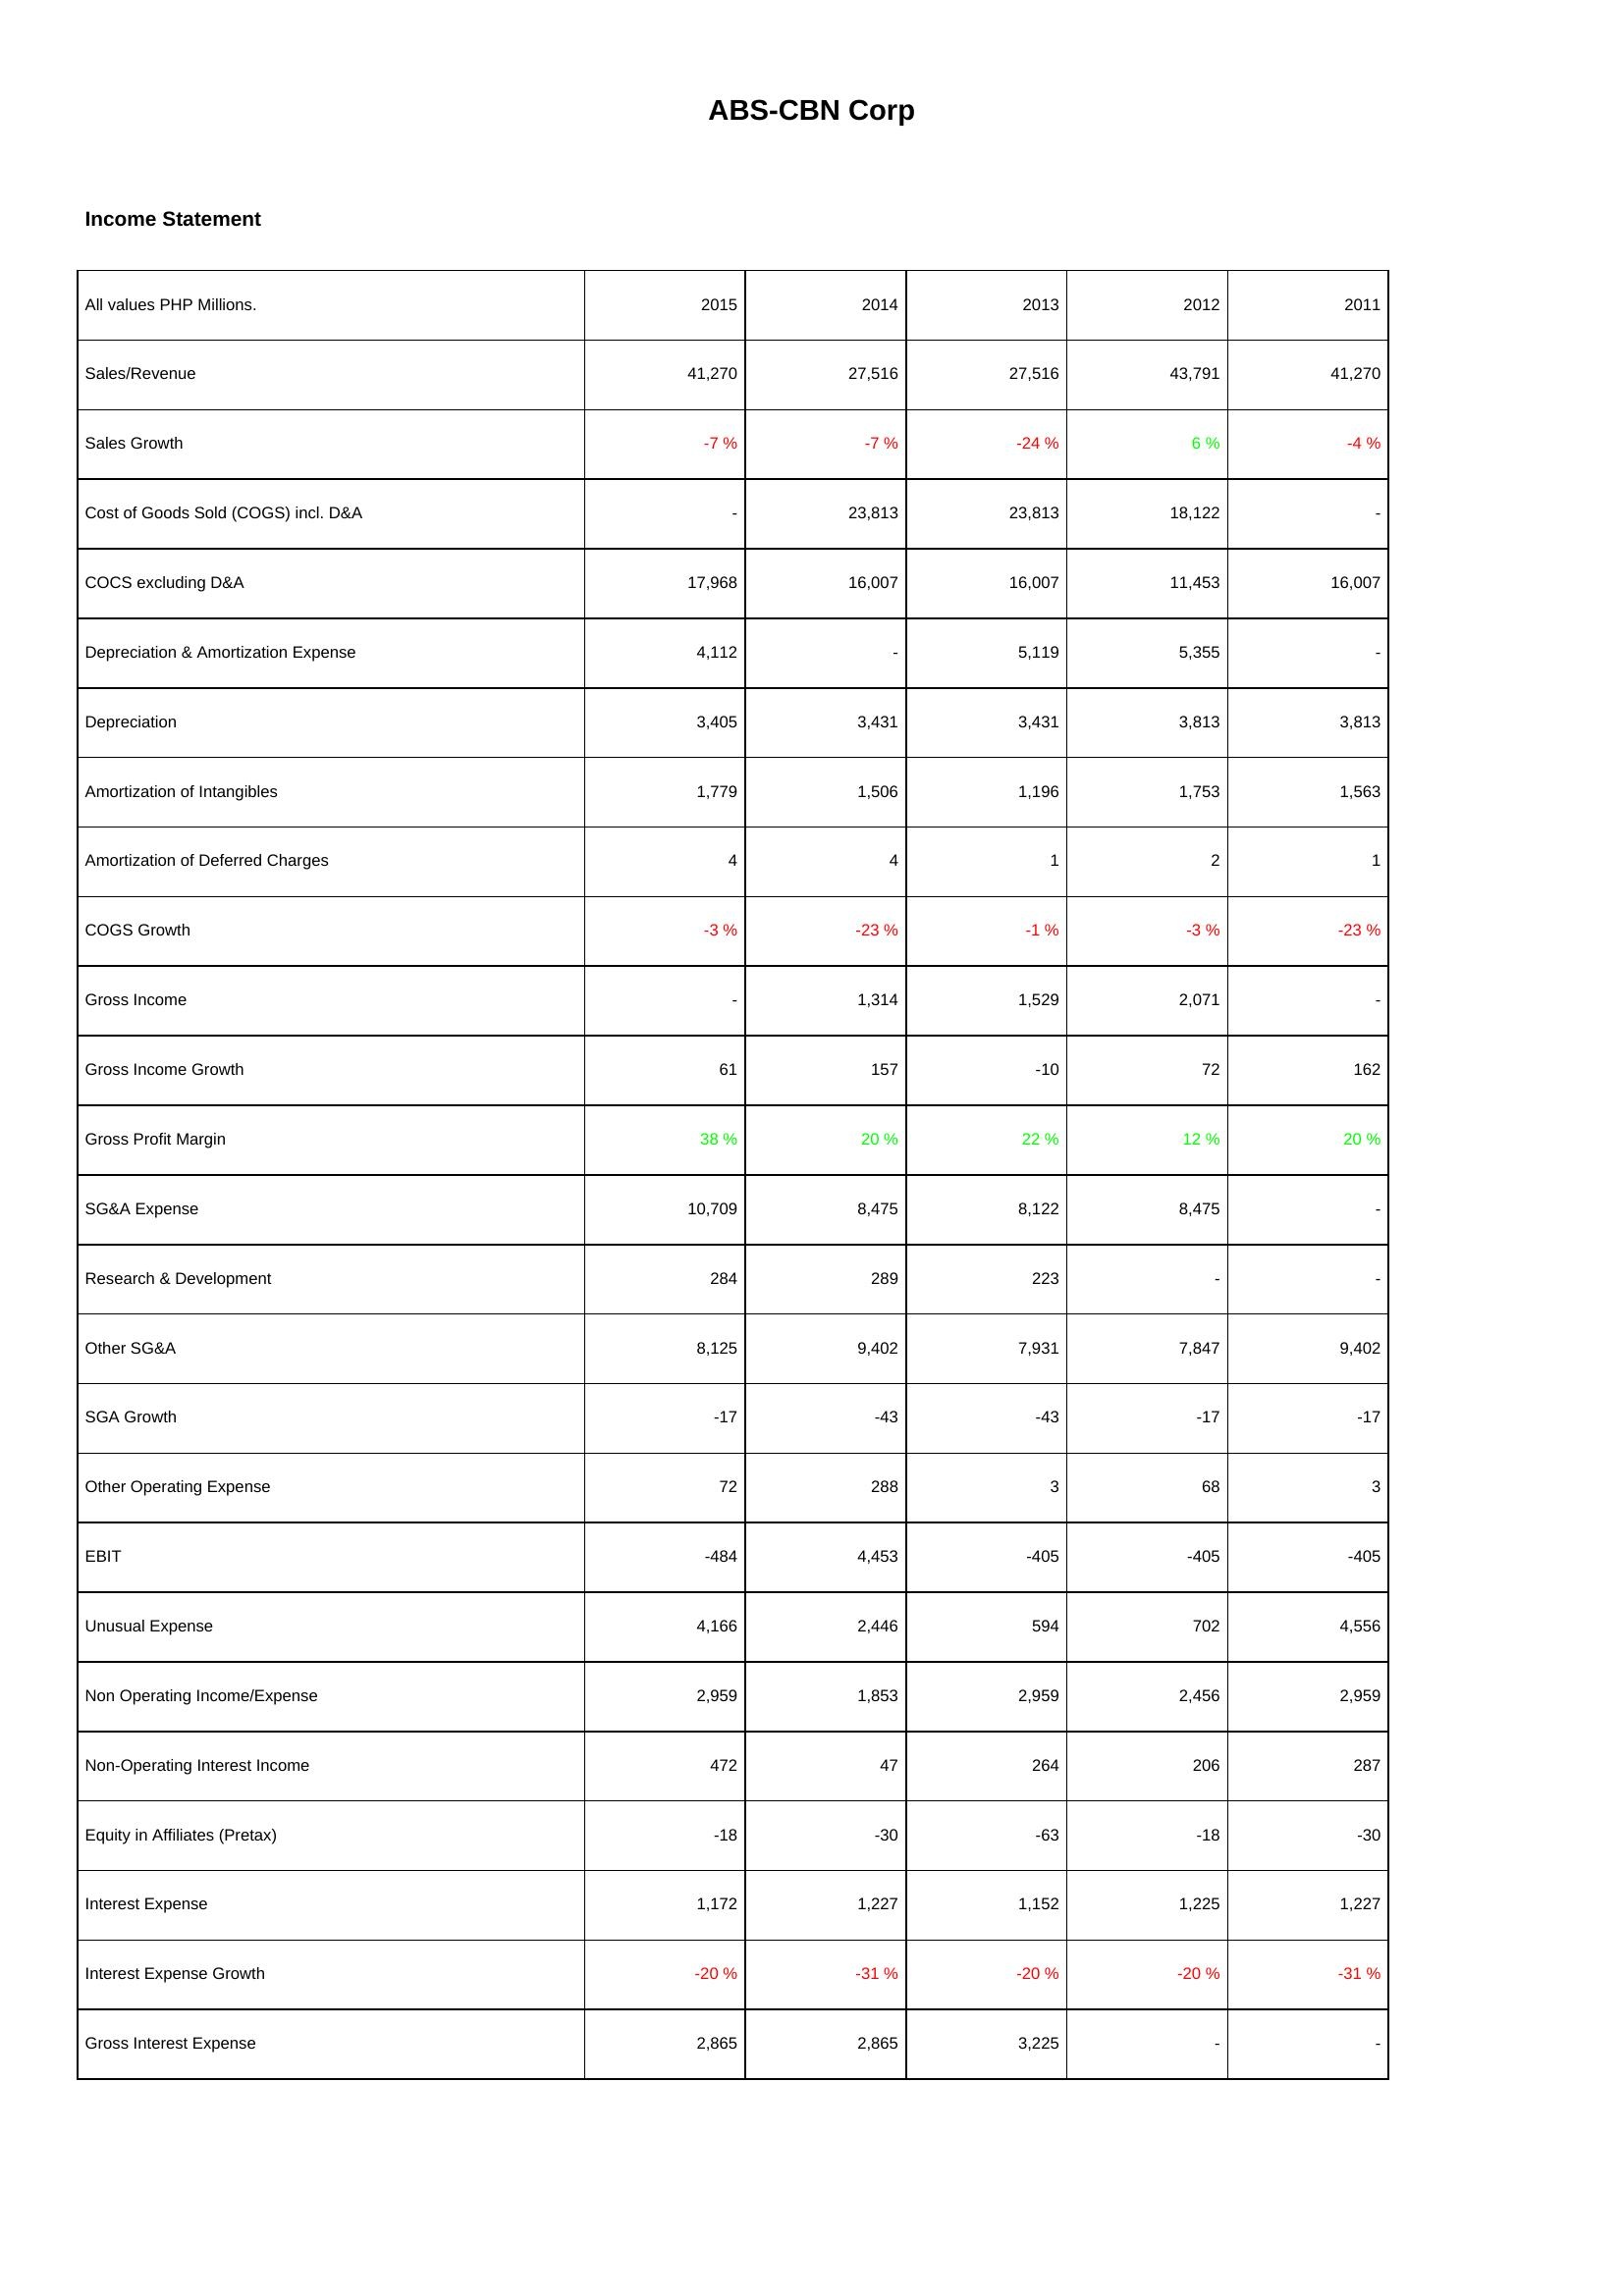
2015: Income Statement: Sales/Revenue: 41,270
Sales Growth: -7 %
Cost of Goods Sold (COGS) incl. D&A: -
COCS excluding D&A: 17,968
Depreciation & Amortization Expense: 4,112
Depreciation: 3,405
Amortization of Intangibles: 1,779
Amortization of Deferred Charges: 4
COGS Growth: -3 %
Gross Income: -
Gross Income Growth: 61
Gross Profit Margin: 38 %
SG&A Expense: 10,709
Research & Development: 284
Other SG&A: 8,125
SGA Growth: -17
Other Operating Expense: 72
EBIT: -484
Unusual Expense: 4,166
Non Operating Income/Expense: 2,959
Non-Operating Interest Income: 472
Equity in Affiliates (Pretax): -18
Interest Expense: 1,172
Interest Expense Growth: -20 %
Gross Interest Expense: 2,865
2014: Income Statement: Sales/Revenue: 27,516
Sales Growth: -7 %
Cost of Goods Sold (COGS) incl. D&A: 23,813
COCS excluding D&A: 16,007
Depreciation & Amortization Expense: -
Depreciation: 3,431
Amortization of Intangibles: 1,506
Amortization of Deferred Charges: 4
COGS Growth: -23 %
Gross Income: 1,314
Gross Income Growth: 157
Gross Profit Margin: 20 %
SG&A Expense: 8,475
Research & Development: 289
Other SG&A: 9,402
SGA Growth: -43
Other Operating Expense: 288
EBIT: 4,453
Unusual Expense: 2,446
Non Operating Income/Expense: 1,853
Non-Operating Interest Income: 47
Equity in Affiliates (Pretax): -30
Interest Expense: 1,227
Interest Expense Growth: -31 %
Gross Interest Expense: 2,865
2013: Income Statement: Sales/Revenue: 27,516
Sales Growth: -24 %
Cost of Goods Sold (COGS) incl. D&A: 23,813
COCS excluding D&A: 16,007
Depreciation & Amortization Expense: 5,119
Depreciation: 3,431
Amortization of Intangibles: 1,196
Amortization of Deferred Charges: 1
COGS Growth: -1 %
Gross Income: 1,529
Gross Income Growth: -10
Gross Profit Margin: 22 %
SG&A Expense: 8,122
Research & Development: 223
Other SG&A: 7,931
SGA Growth: -43
Other Operating Expense: 3
EBIT: -405
Unusual Expense: 594
Non Operating Income/Expense: 2,959
Non-Operating Interest Income: 264
Equity in Affiliates (Pretax): -63
Interest Expense: 1,152
Interest Expense Growth: -20 %
Gross Interest Expense: 3,225
2012: Income Statement: Sales/Revenue: 43,791
Sales Growth: 6 %
Cost of Goods Sold (COGS) incl. D&A: 18,122
COCS excluding D&A: 11,453
Depreciation & Amortization Expense: 5,355
Depreciation: 3,813
Amortization of Intangibles: 1,753
Amortization of Deferred Charges: 2
COGS Growth: -3 %
Gross Income: 2,071
Gross Income Growth: 72
Gross Profit Margin: 12 %
SG&A Expense: 8,475
Research & Development: -
Other SG&A: 7,847
SGA Growth: -17
Other Operating Expense: 68
EBIT: -405
Unusual Expense: 702
Non Operating Income/Expense: 2,456
Non-Operating Interest Income: 206
Equity in Affiliates (Pretax): -18
Interest Expense: 1,225
Interest Expense Growth: -20 %
Gross Interest Expense: -
2011: Income Statement: Sales/Revenue: 41,270
Sales Growth: -4 %
Cost of Goods Sold (COGS) incl. D&A: -
COCS excluding D&A: 16,007
Depreciation & Amortization Expense: -
Depreciation: 3,813
Amortization of Intangibles: 1,563
Amortization of Deferred Charges: 1
COGS Growth: -23 %
Gross Income: -
Gross Income Growth: 162
Gross Profit Margin: 20 %
SG&A Expense: -
Research & Development: -
Other SG&A: 9,402
SGA Growth: -17
Other Operating Expense: 3
EBIT: -405
Unusual Expense: 4,556
Non Operating Income/Expense: 2,959
Non-Operating Interest Income: 287
Equity in Affiliates (Pretax): -30
Interest Expense: 1,227
Interest Expense Growth: -31 %
Gross Interest Expense: -